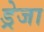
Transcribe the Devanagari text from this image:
ड्रेजा